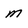
Character: m